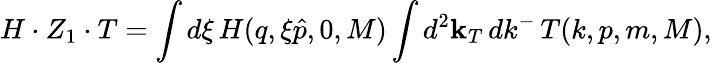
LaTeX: H\cdot Z_{1}\cdot T=\int d\xi\, H(q,\xi\hat{p},0,M)\int d^{2}{\mathbf k}_{T}\, dk^{-}\, T(k,p,m,M),